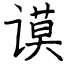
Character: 谟